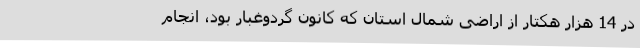
در 14 هزار هکتار از اراضی شمال استان که کانون گردوغبار بود، انجام